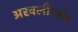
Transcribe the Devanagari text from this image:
अरवलीपर्वत